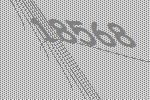
18568